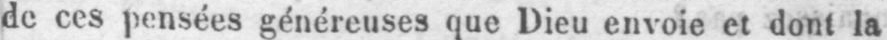
de ces pensées généreuses que Dieu envoie et dont la